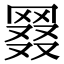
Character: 𦋖